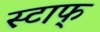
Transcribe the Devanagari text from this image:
स्टाफ्